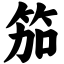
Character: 笳